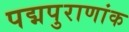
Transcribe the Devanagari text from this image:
पद्मपुराणांक